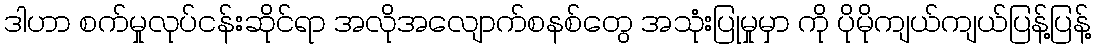
ဒါဟာ စက်မှုလုပ်ငန်းဆိုင်ရာ အလိုအလျောက်စနစ်တွေ အသုံးပြုမှုမှာ ကို ပိုမိုကျယ်ကျယ်ပြန့်ပြန့်